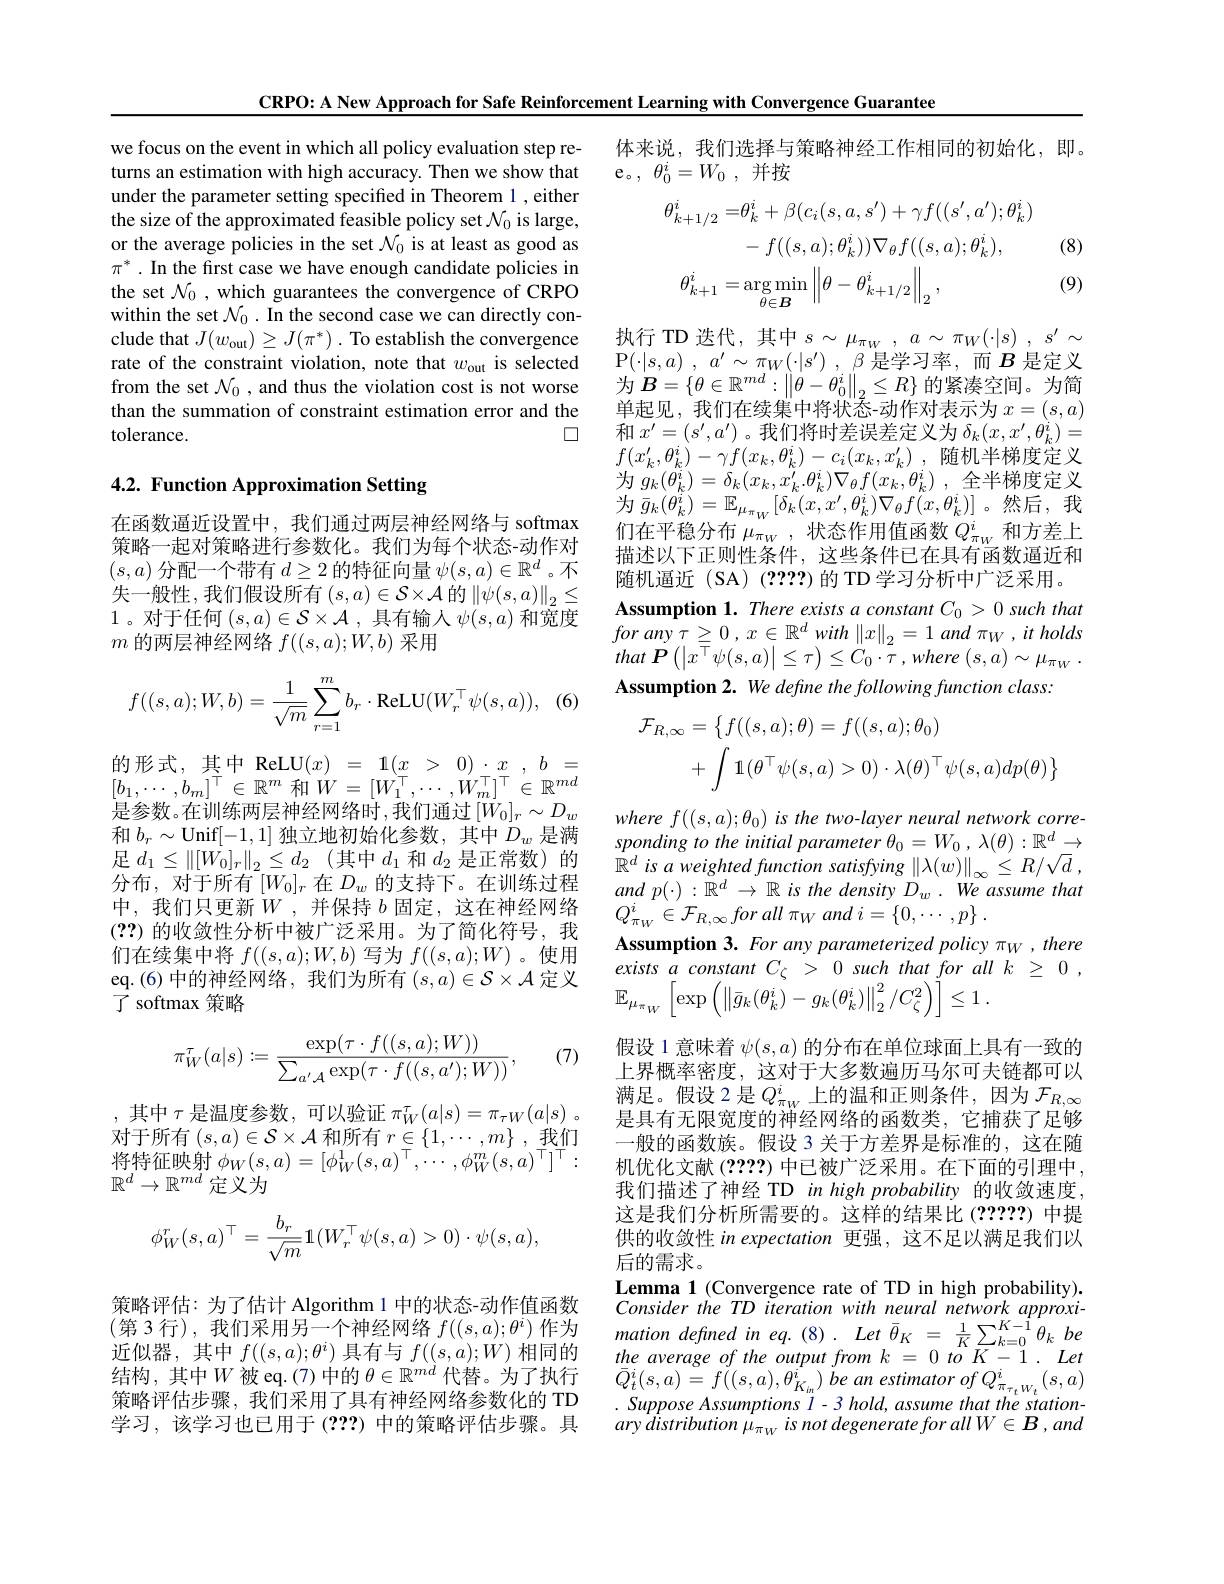
CRPO: A New Approach for Safe Reinforcement Learning with Convergence Guarantee

we focus on the event in which all policy evaluation step returns an estimation with high accuracy. Then we show that under the parameter setting specified in Theorem 1 , either the size of the approximated feasible policy set $\mathcal{N}_0$ is large, or the average policies in the set $\mathcal{N}_0$ is at least as good as $\pi^*.$ In the frst case we have enough candidate policies in the set $\mathcal{N}_0$, which guarantees the convergence of CRPO within the set $\mathcal{N}_0.$ In the second case we can directly conclude that $J(w_{\mathrm{out}})\geq J(\pi^*)$ .To establish the convergence rate of the constraint violation, note that $w_\mathrm{out}$ is selected from the set $\mathcal{N}_0$, and thus the violation cost is not worse than the summation of constraint estimation error and the
$\square$
tolerance.

## 4.2. Function Approximation Setting

在函数逼近设置中，我们通过两层神经网络与 softmax 策略一起对策略进行参数化。我们为每个状态-动作对$(s,a)$分配一个带有$d\geq2$的特征向量$\psi(s,a)\in\mathbb{R}^d$ 。不失一般性，我们假设所有$(s,a)\in\mathcal{S}\times\mathcal{A}$的$\|\psi(s,a)\|_2\leq$ 1。对于任何$(s,a)\in\mathcal{S}\times\mathcal{A}$,具有输人$\psi(s,a)$和宽度$m$的两层神经网络$f((s,a);W,b)$采用
$$f((s,a);W,b)=\frac{1}{\sqrt{m}}\sum_{r=1}^{m}b_{r}\cdot\mathrm{ReLU}(W_{r}^{\top}\psi(s,a)),$$
的形式，其中 ReLU$( x) = 1( \underline {x}$ > $0) _{- }\underline {x}$ , $b$ = $[b_1,\cdots,b_m]^\top\in\mathbb{R}^m$ 和$W=[W_1^\top,\cdots,W_m^\top]^\top\in\mathbb{R}^{md}$ 是参数。在训练两层神经网络时，我们通过$[W_0]_r\sim D_w$ 和$b_r\sim$Unif[-1,1]独立地初始化参数，其中$D_w$是满足$d_1\leq\|[W_{0}]_{r}\|_{2}\leq d_{2}$ (其中$d_1$和$d_2$是正常数)的分布，对于所有$[W_0]_r$在$D_w$的支持下。在训练过程中，我们只更新$W$,并保持 $b$ 固定，这在神经网络(??)的收敛性分析中被广泛采用。为了简化符号，我们在续集中将$f((s,a);W,b)$写为$f((s,a);W)$ 。使用eq.(6)中的神经网络，我们为所有$(s,a)\in\mathcal{S}\times\mathcal{A}$定义了 softmax 策略

(7)
$$\pi_W^\tau(a|s):=\frac{\exp(\tau\cdot f((s,a);W))}{\sum_{a'\mathcal{A}}\exp(\tau\cdot f((s,a');W))},$$
,其中$\tau$是温度参数，可以验证$\pi_W^\tau(a|s)=\pi_{\tau W}(a|s)$。对于所有$\left(s,a\right)\in\mathcal{S}\times\mathcal{A}$和所有$r\in\{1,\cdots,m\}$,我们将特征映射$\phi_W(s,a)=[\phi_W^1(s,a)^\top,\cdots,\phi_W^m(s,a)^\top]^\top:$ $\mathbb{R}^d\to\mathbb{R}^{md}$定义为
$$\phi_W^r(s,a)^\top=\frac{b_r}{\sqrt{m}}\mathbb{1}(W_r^\top\psi(s,a)>0)\cdot\psi(s,a),$$
策略评估：为了估计 Algorithm 1 中的状态-动作值函数(第3行),我们采用另一个神经网络 $f((s,a);\theta^i)$ 作为近似器，其中$f((s,a);\theta^i)$具有与$f((s,a);W)$相同的学习，该学习也已用于(???)中的策略评估步骤。具

体来说，我们选择与策略神经工作相同的初始化，即。
e。,$\theta _0^i= W_0$ ,并按
$$\begin{aligned}\theta_{k+1/2}^{i}=&\theta_{k}^{i}+\beta(c_{i}(s,a,s^{\prime})+\gamma f((s^{\prime},a^{\prime});\theta_{k}^{i})\\&-\:f((s,a);\theta_{k}^{i}))\nabla_{\theta}f((s,a);\theta_{k}^{i}),&\text{(8)}\\\theta_{k+1}^{i}=\arg\min_{\theta\in\boldsymbol{B}}\left\|\theta-\theta_{k+1/2}^{i}\right\|_{2},&\text{(9)}\end{aligned}$$
执行 TD 迭代，其中$s\sim \mu _{\pi _W}$ , $a\sim \pi _W( \cdot | s)$ , $s^{\prime }\sim$ P$( \cdot | s, a)$ , $a^\prime \sim \pi _{W}( \cdot | s^{\prime })$ , $\beta$是学习率，而$B$是定义为$\boldsymbol{B}=\{\theta\in\mathbb{R}^{md}:\left\|\theta-\theta_{0}^{i}\right\|_{2}\leq R\}$的紧凑空间。为简单起见，我们在续集中将状态-动作对表示为$x=(s,a)$ 和$x^\prime=(s^{\prime},a^{\prime})$ 。我们将时差误差定义为$\delta_k(x,x^{\prime},\theta_{k}^{i})=$ $f( x_{k}^{\prime }, \theta _{k}^{i}) - \gamma f( x_{k}, \theta _{k}^{i}) - c_{i}( x_{k}, x_{k}^{\prime })$ ,随机半梯度定义$\begin{array}{l}{\text{为 }g_{k}(\theta_{k}^{i})=\delta_{k}(x_{k},x_{k}^{\prime}.\theta_{k}^{i})\nabla_{\theta}f(x_{k},\theta_{k}^{i})~,~全半梯度定义}\\{\text{为 }\bar{g}_{k}(\theta_{k}^{i})=\mathbb{E}_{\mu_{\pi w}}[\delta_{k}(x,x^{\prime},\theta_{k}^{i})\nabla_{\theta}f(x,\theta_{k}^{i})]~。然后，~我}\end{array}$ 们在平稳分布$\mu_\pi_W$,状态作用值函数$Q_\pi_W^i$和方差上描述以下正则性条件，这些条件已在具有函数逼近和随机逼近(SA)(????)的TD学习分析中广泛采用。
Assumption 1. There exists a constant $C_0>0$ such that for any $\tau \geq 0$ , $x\in \mathbb{R} ^{d}$ with $\| x\| _{2}= 1$ and $\pi _{W}$ $, it$ holds that ${\mathcal{P} }\left ( \left | x^{\overline {\top }}\psi ( s, a) \right | \leq \tau \right ) \leq C_{0}\cdot \tau$ $, where$ $( s, a) \sim \mu _{\pi _{W}}$ . Assumption 2. We define the following function class:
$$\begin{aligned}\mathcal{F}_{R,\infty}&=\left\{f((s,a);\theta)=f((s,a);\theta_{0})\right.\\&+\int\mathbb{1}(\theta^{\top}\psi(s,a)>0)\cdot\lambda(\theta)^{\top}\psi(s,a)dp(\theta)\big\}\end{aligned}$$
where $f((s,a);\theta_0)$ is the two-layer neural network corresponding to the initial parameter $\theta_0=W_0,\lambda(\theta):\mathbb{R}^d\to$ $\dot{\mathbb{R} } ^{d}$ $is$ $a$ weighted function satisfying $\left \| \lambda ( w) \right \| _{\infty }\leq R/ \sqrt {d}$ , and $p( \cdot )$ : $\bar{\mathbb{R} } ^{d}$ $\to$ $\mathbb{R}$ $is$ the density $D_{w}$ . $We$ assume that $Q_{\pi _W}^{i}\in \mathcal{F} _{R, \infty }for$ all $\pi _{W}$ and $i= \{ 0, \cdots$ $, p\}$ .
Assumption 3. For any parameterized policy $\pi_W,there$ exists $a$ constant $C_{\zeta }$ > 0 such that for all $k$ $\geq$ 0 ,
$$\mathbb{E}_{\mu_{\pi_{W}}}\left[\exp\left(\left\|\bar{g}_{k}(\theta_{k}^{i})-g_{k}(\theta_{k}^{i})\right\|_{2}^{2}/C_{\zeta}^{2}\right)\right]\leq1\:.$$
假设 1 意味着$\psi(s,a)$的分布在单位球面上具有一致的上界概率密度，这对于大多数遍历马尔可夫链都可以满足。假设 2 是$Q_\pi_W^i$上的温和正则条件，因为$\mathcal{F}_R,\infty$ 是具有无限宽度的神经网络的函数类，它捕获了足够一般的函数族。假设 3 关于方差界是标准的，这在随机优化文献(????) 中已被广泛采用。在下面的引理中， 我们描述了神经 TD in high probability 的收敛速度这是我们分析所需要的。这样的结果比(?????)中提供的收敛性 in expectation 更强，这不足以满足我们以后的需求。
Lemma 1 (Convergence rate of TD in high probability). Consider the TD iteration with neural network approximation defined in eq.(8). Let $\bar{\theta } _{K}= \frac 1K\sum _{K= 0}^{K- 1}\theta _{k}$ $be$
近 似 器 , 其 中 $f( ( s, a) ; \theta ^{l})$ 具 有 与  $f( ( s, a) ; W)$ 相 同 的  the average $of$ the output from $k$ = 0 $to$ $K- 1$ $. Let$ 结 构 , 其 中 $W$ 被  eq. ( 7)  中 的  $\theta \in \mathbb{R} ^{md}$ 代 替 。 为 了 执 行  $\bar{Q} _{t}^{i}( s, a) = f( ( s, a) , \theta _{K_{m}}^{i}) be$ $an$ estimator $of$ $Q_{\pi _{\tau _{t}W_{t}}}^{i}( s, a)$ 策 略 评 估 步 骤 , 我 们 采 用 了 具 有 神 经 网 络 参 数 化
ary distribution $\mu_{\pi_W}$ is not degenerate for all $W\in B,and$